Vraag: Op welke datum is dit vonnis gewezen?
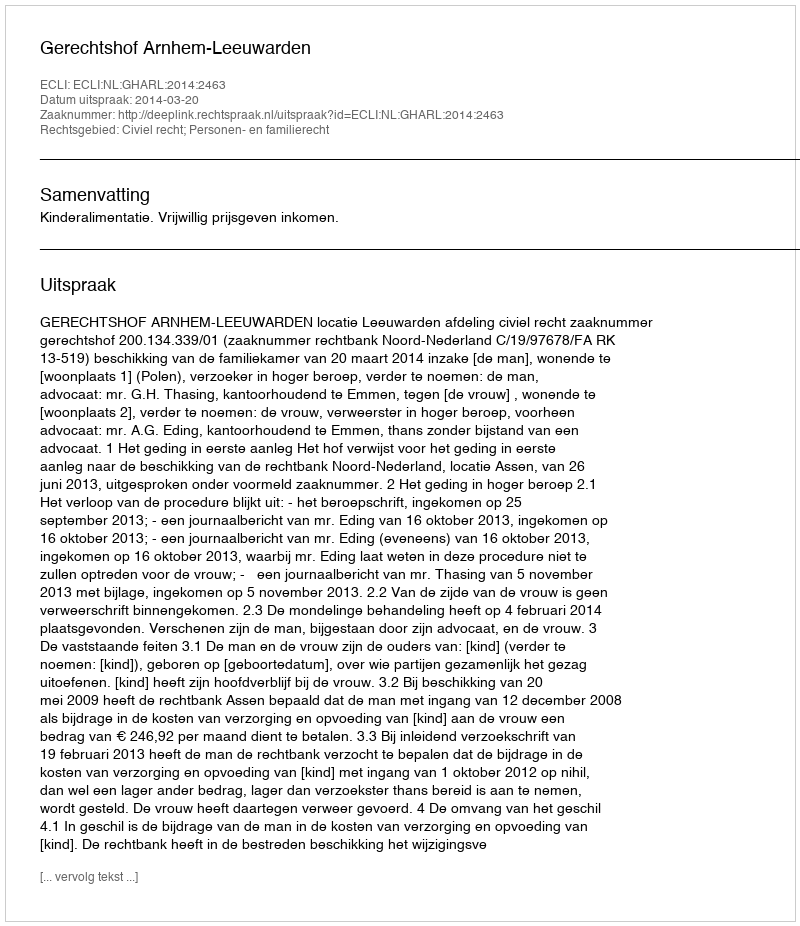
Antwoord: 2014-03-20